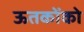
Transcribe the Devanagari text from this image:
ऊतकोंको